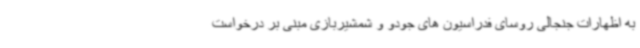
به اظهارات جنجالی روسای فدراسیون های جودو و شمشیربازی مبنی بر درخواست